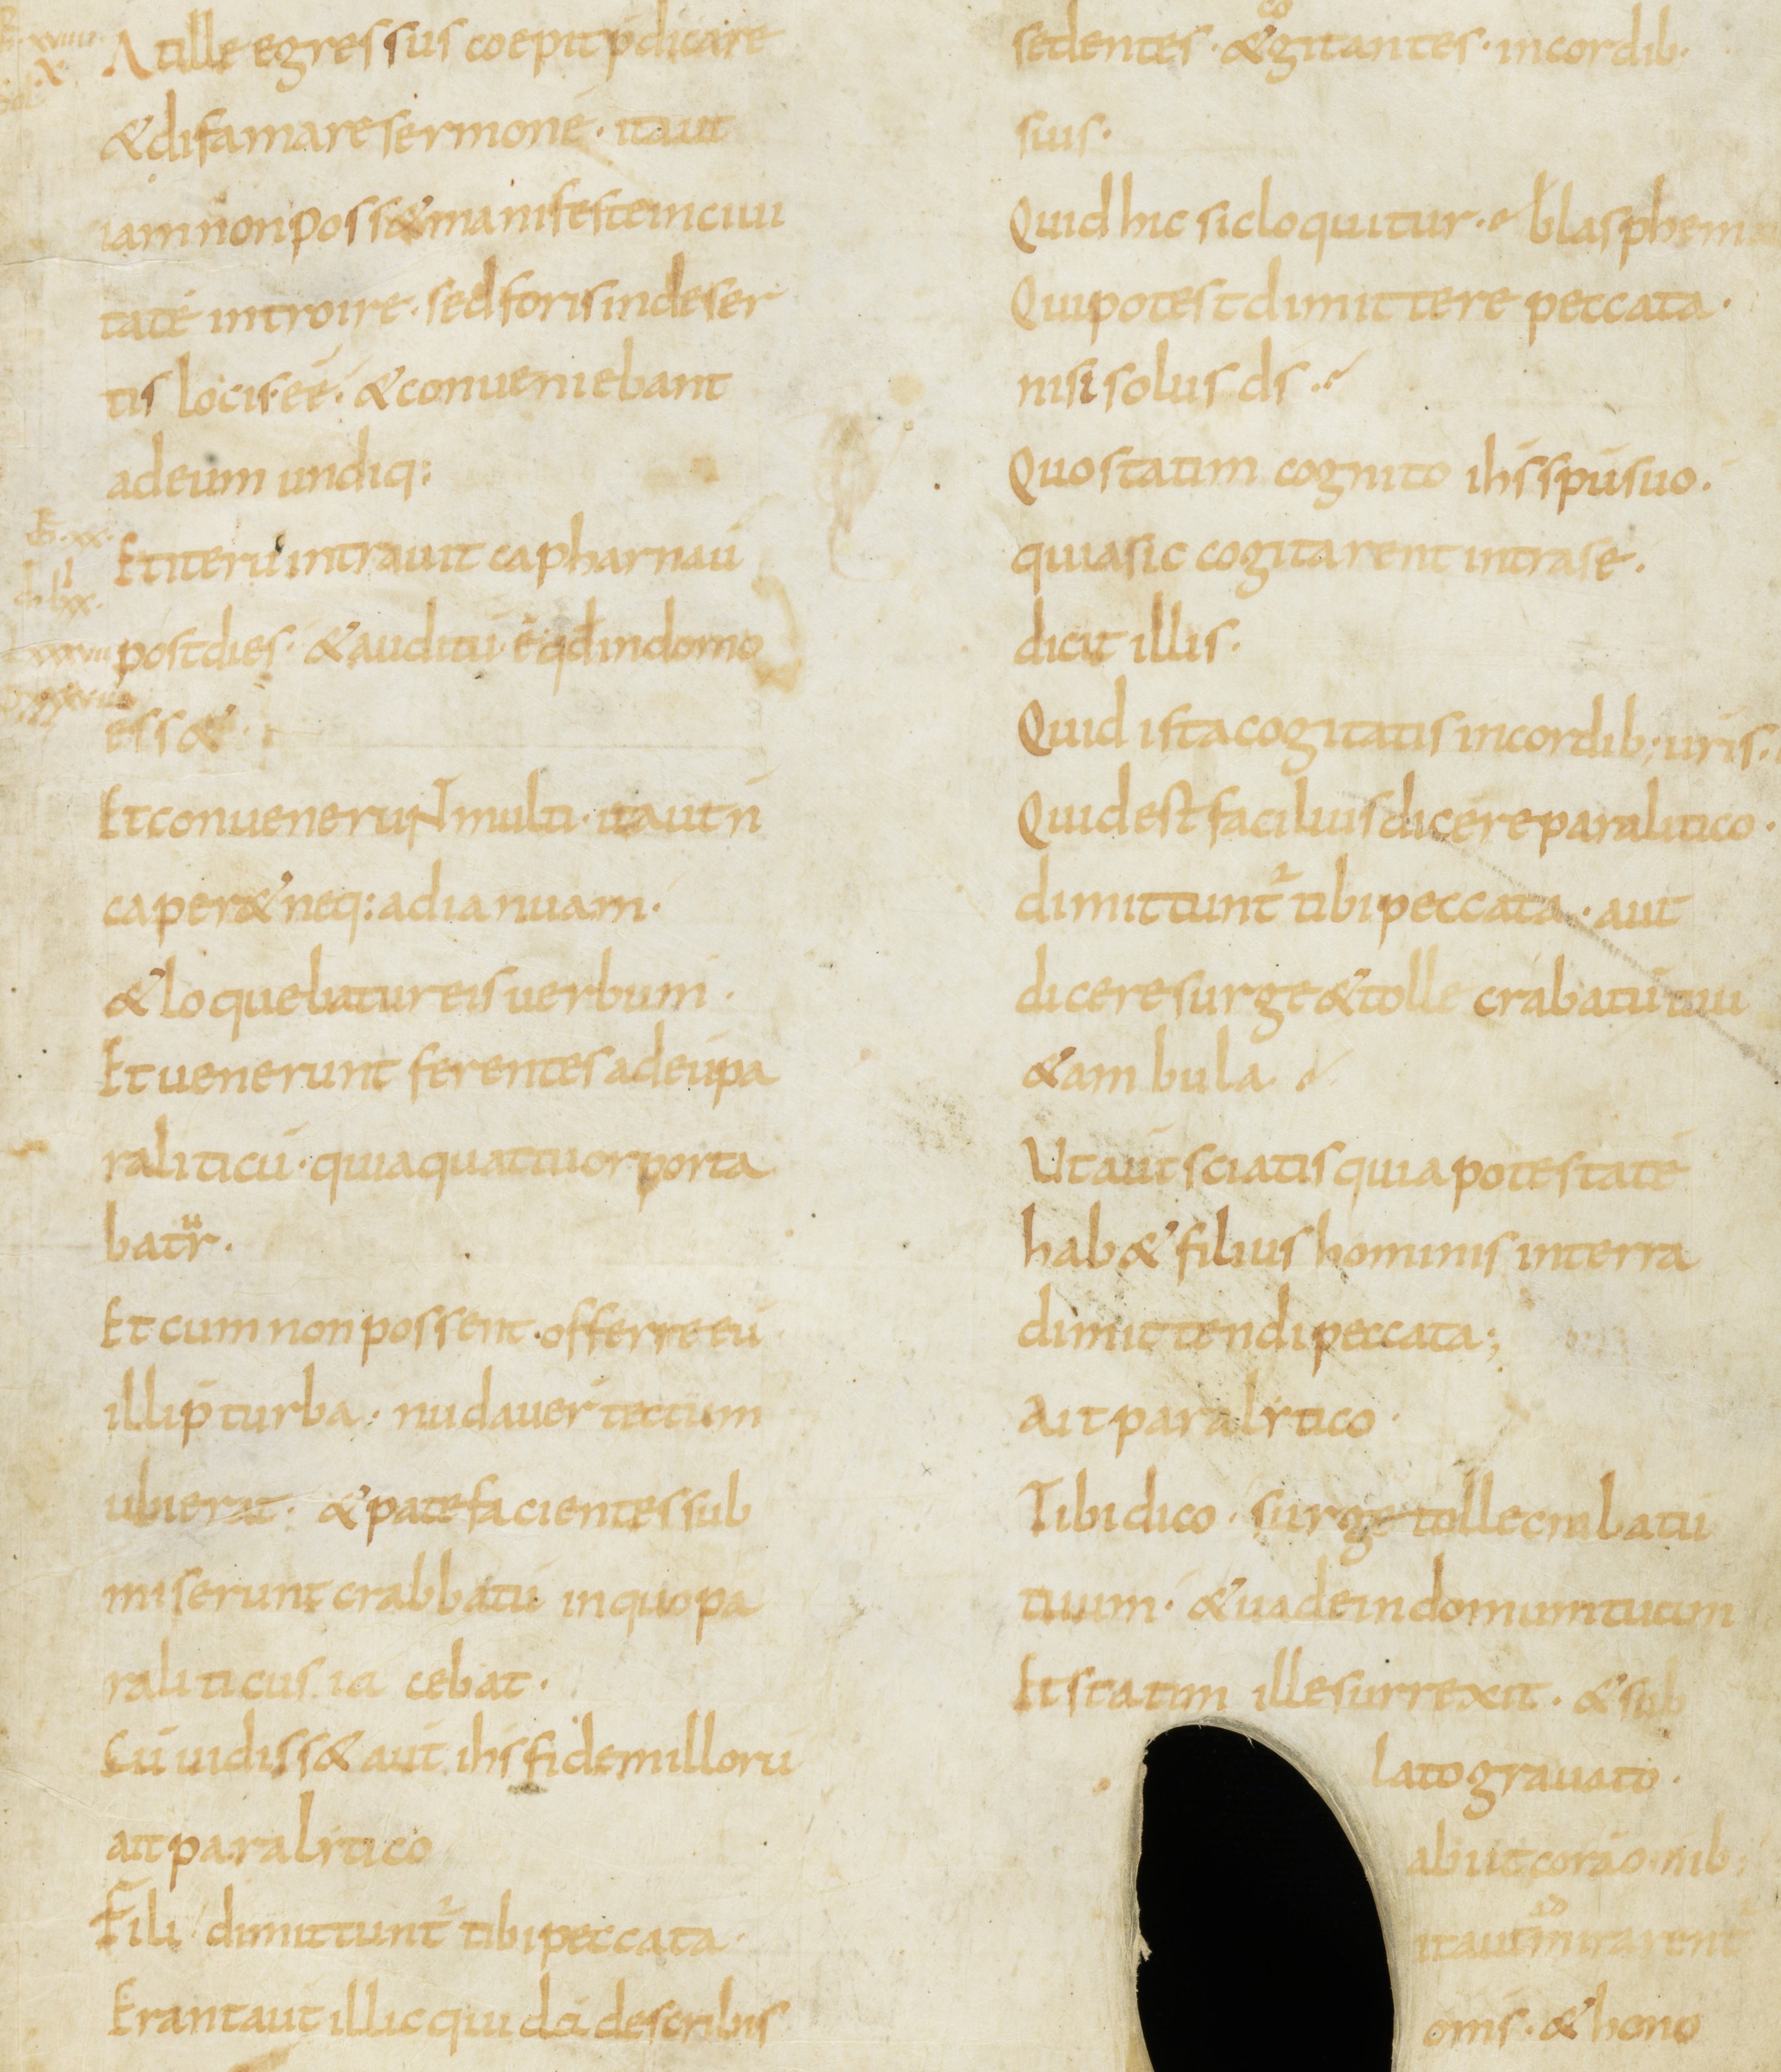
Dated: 800–899